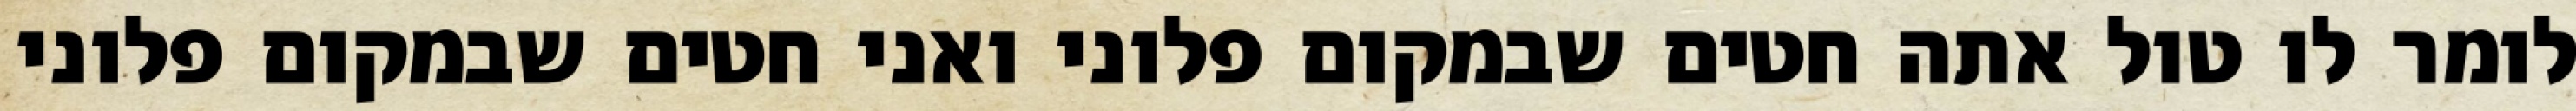
לומר לו טול אתה חטים שבמקום פלוני ואני חטים שבמקום פלוני